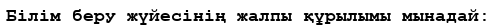
Білім беру жүйесінің жалпы құрылымы мынадай: